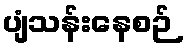
ပျံသန်းနေစဉ်